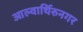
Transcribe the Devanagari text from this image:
आल्वार्थिरुनगर